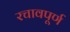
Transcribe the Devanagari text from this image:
रचावपूर्ण